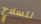
للسلاح